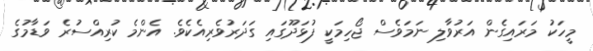
މީހަކު މަރައިގެން އަރުވާލި ނަމަވެސް ޖޯހިމަކީ ފުޅަދޫގައި ގަދަރުވެރިއެކެވެ. އެންމެ ކުރިއްސުރެ ވަޑާމުގެ